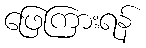
ဖြေကြားရန်